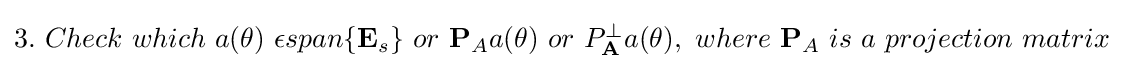
\textstyle 3.\ Check\ which\ a(\theta )\ \epsilon span\{\mathbf {E} _{s}\}\ or\ \mathbf {P} _{A}a(\theta )\ or\ P_{\mathbf {A} }^{\perp }a(\theta ),\ where\ \mathbf {P} _{A}\ is\ a\ projection\ matrix